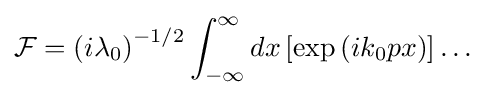
{\mathcal {F}}=\left(i\lambda _{0}\right)^{-1/2}\int _{-\infty }^{\infty }dx\left[\exp \left(ik_{0}px\right)\right]\ldots